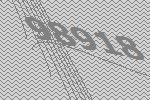
98918